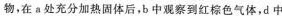
物，在a处充分加热固体后，b中观察到红棕色气体，d中